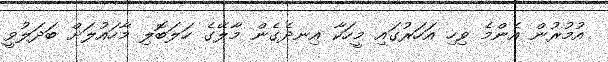
އުމުރުން އެންމެ ވިހި އަހަރުގައި މީހަކާ އިނދެގެން މާލޭގެ ހަލަބޮލި މާހައުލަށް ބަދަލުވީ